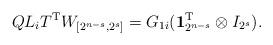
LaTeX: \begin{align*} QL_iT^{\mathrm{T}}W_{[2^{n-s},2^s]}=G_{1i}(\textbf{1}^{\mathrm{T}}_{2^{n-s}}\otimes I_{2^{s}}).\end{align*}